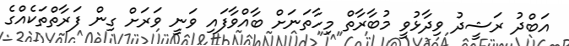
އަބްދު ރަޝީދު ވިދާޅުވީ މުބާރާތް މިހާތަނަށް ބާއްވާފައި ވަނީ ވަރަށް ގިން ފަރާތްތަކެއްގެ